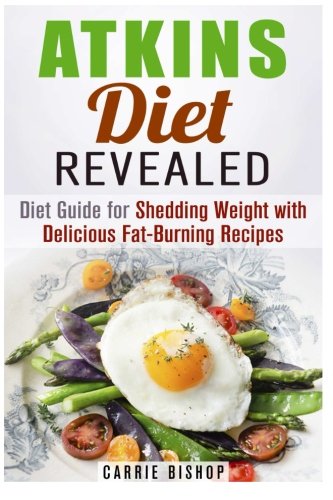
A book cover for Atkins Diet Revealed: Diet Guide for Shedding Weight with Delicious Fat-Burning Recipes (Dieting Plans for Weight Loss); Carrie Bishop; Health, Fitness & Dieting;